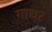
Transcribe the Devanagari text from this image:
गाधर